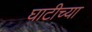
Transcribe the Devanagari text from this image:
घाटीच्या